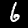
Digit: 6